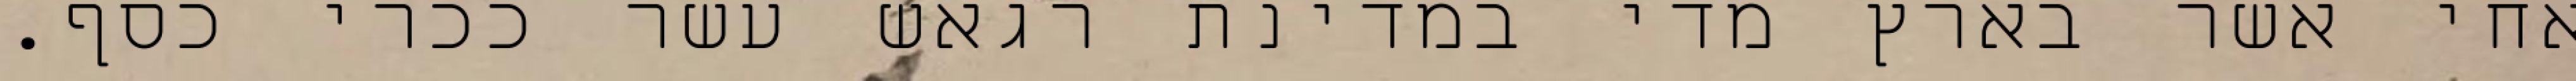
אחי אשר בארץ מדי במדינת רגאש עשר ככרי כסף.